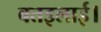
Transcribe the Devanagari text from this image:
बतइलाई।